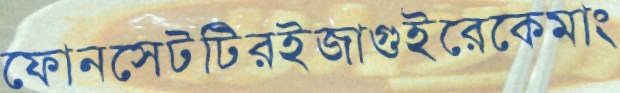
ফোনসেটটিরইজাগুইরেকেমাং